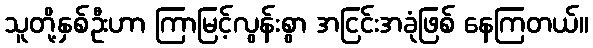
သူတို့နှစ်ဦးဟာ ကြာမြင့်လွန်းစွာ အငြင်းအခုံဖြစ် နေကြတယ်။